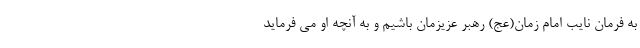
به فرمان نایب امام زمان(عج) رهبر عزیزمان باشیم و به آنچه او می فرماید